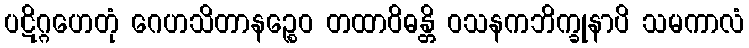
ပဋိဂ္ဂဟေတုံ ဂေဟသိတာနဉ္စေဝ တထာဝိဓန္တိ ဝသနကဘိက္ခုနာပိ သမကာလံ